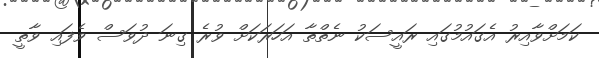
ކަމަށްވާއިރު އެގައުމުގައި ރައީސަކު ނެތްތާ އަހަރަކަށް ވުރެ ގިނަ ދުވަސް ވެފައި ވާތީ